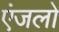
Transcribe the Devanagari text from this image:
एंजलो